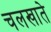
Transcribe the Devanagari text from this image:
चलखाते